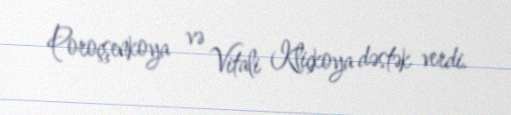
Poroçşenkoya və Vitali Kliçkoya dəstək verdi.